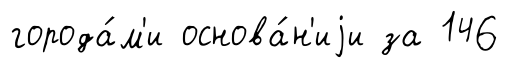
города́м'и основа́н'иjи за 146